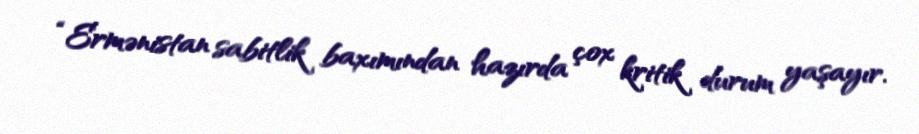
“Ermənistan sabitlik baxımından hazırda çox kritik durum yaşayır.